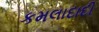
કમલાદાદી